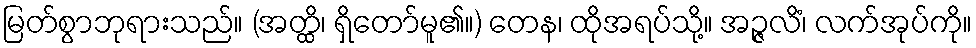
မြတ်စွာဘုရားသည်။ (အတ္ထိ၊ ရှိတော်မူ၏။) တေန၊ ထိုအရပ်သို့။ အဉ္ဇလိံ၊ လက်အုပ်ကို။